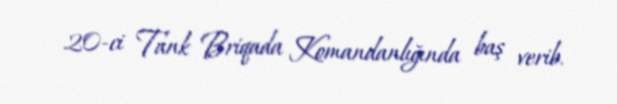
20-ci Tank Briqada Komandanlığında baş verib.